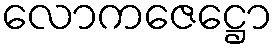
လောကဇေဋ္ဌော